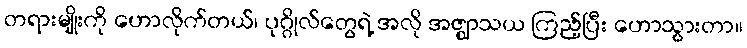
တရားမျိုးကို ဟောလိုက်တယ်၊ ပုဂ္ဂိုလ်တွေရဲ့ အလို အဇ္ဈာသယ ကြည့်ပြီး ဟောသွားတာ။